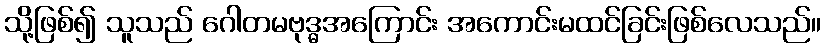
သို့ဖြစ်၍ သူသည် ဂေါတမဗုဒ္ဓအကြောင်း အကောင်းမထင်ခြင်းဖြစ်လေသည်။